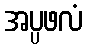
အပ္ပဖလံ